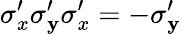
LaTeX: \sigma_{x}^{\prime}\sigma_{\mathbf{y}}^{\prime}\sigma_{x}^{\prime}=-\sigma_{\mathbf{y}}^{\prime}